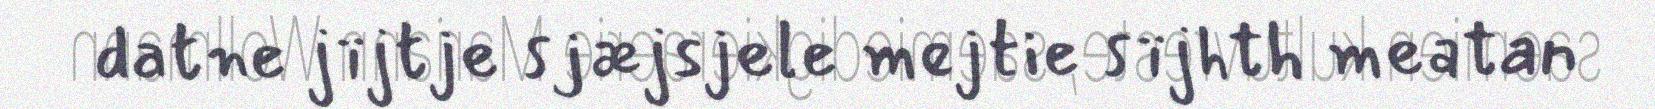
datne jïjtje sjæjsjele mejtie sïjhth meatan